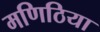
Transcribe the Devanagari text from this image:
मणिठिया